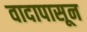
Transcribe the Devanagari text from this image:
वादापासून